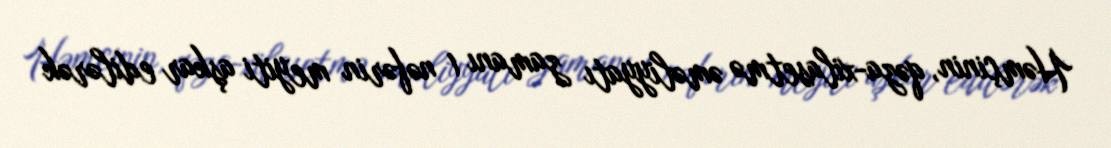
Həmçinin, qəza-xilasetmə əməliyyatı zamanı 1 nəfərin meyiti aşkar edilərək